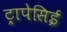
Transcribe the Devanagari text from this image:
ट्रापेसिई